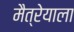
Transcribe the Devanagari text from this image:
मैत्रेयाला